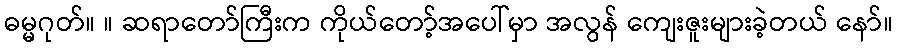
ဓမ္မဂုတ်။ ။ ဆရာတော်ကြီးက ကိုယ်တော့်အပေါ်မှာ အလွန် ကျေးဇူးများခဲ့တယ် နော်။